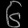
Digit: ၆